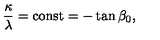
\frac { \kappa } { \lambda } = \mathrm { c o n s t } = - \tan { \beta _ { 0 } } ,